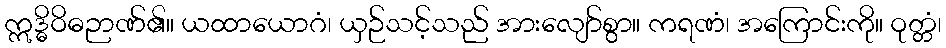
ဣဒ္ဓိဝိဓဉာဏ်၏။ ယထာယောဂံ၊ ယှဉ်သင့်သည် အားလျော်စွာ။ ကရဏံ၊ အကြောင်းကို။ ဝုတ္တံ၊